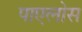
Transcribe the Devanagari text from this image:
पाएलोस